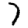
Digit: 7